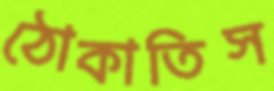
ঠোকাতিস